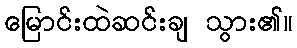
မြောင်းထဲဆင်းချ သွား၏။